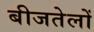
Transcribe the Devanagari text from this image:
बीजतेलों